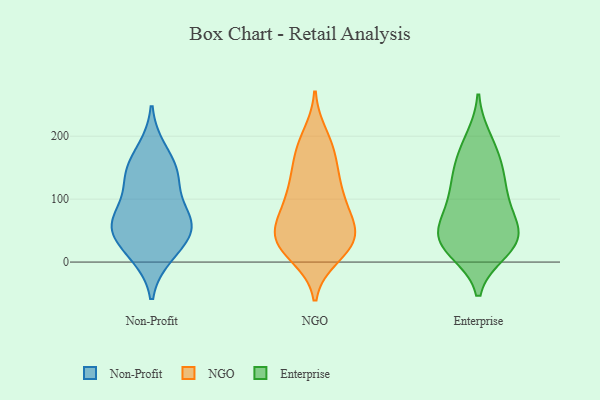
{"axis": {"x": "Market Share (%)", "y": "Value"}, "legend": ["Enterprise", "NGO", "Non-Profit"], "data": [{"x": "", "y": 68, "type": "Non-Profit"}, {"x": "", "y": 134, "type": "Non-Profit"}, {"x": "", "y": 12, "type": "Non-Profit"}, {"x": "", "y": 177, "type": "Non-Profit"}, {"x": "", "y": 141, "type": "Non-Profit"}, {"x": "", "y": 135, "type": "Non-Profit"}, {"x": "", "y": 20, "type": "Non-Profit"}, {"x": "", "y": 55, "type": "Non-Profit"}, {"x": "", "y": 70, "type": "Non-Profit"}, {"x": "", "y": 52, "type": "Non-Profit"}, {"x": "", "y": 64, "type": "Non-Profit"}, {"x": "", "y": 99, "type": "NGO"}, {"x": "", "y": 128, "type": "NGO"}, {"x": "", "y": 31, "type": "NGO"}, {"x": "", "y": 127, "type": "NGO"}, {"x": "", "y": 72, "type": "NGO"}, {"x": "", "y": 200, "type": "NGO"}, {"x": "", "y": 26, "type": "NGO"}, {"x": "", "y": 181, "type": "NGO"}, {"x": "", "y": 53, "type": "NGO"}, {"x": "", "y": 45, "type": "NGO"}, {"x": "", "y": 32, "type": "NGO"}, {"x": "", "y": 62, "type": "NGO"}, {"x": "", "y": 10, "type": "NGO"}, {"x": "", "y": 178, "type": "NGO"}, {"x": "", "y": 110, "type": "NGO"}, {"x": "", "y": 35, "type": "NGO"}, {"x": "", "y": 20, "type": "NGO"}, {"x": "", "y": 82, "type": "NGO"}, {"x": "", "y": 157, "type": "NGO"}, {"x": "", "y": 98, "type": "Enterprise"}, {"x": "", "y": 40, "type": "Enterprise"}, {"x": "", "y": 36, "type": "Enterprise"}, {"x": "", "y": 153, "type": "Enterprise"}, {"x": "", "y": 60, "type": "Enterprise"}, {"x": "", "y": 195, "type": "Enterprise"}, {"x": "", "y": 18, "type": "Enterprise"}, {"x": "", "y": 20, "type": "Enterprise"}, {"x": "", "y": 180, "type": "Enterprise"}, {"x": "", "y": 52, "type": "Enterprise"}, {"x": "", "y": 136, "type": "Enterprise"}, {"x": "", "y": 88, "type": "Enterprise"}, {"x": "", "y": 28, "type": "Enterprise"}, {"x": "", "y": 139, "type": "Enterprise"}, {"x": "", "y": 102, "type": "Enterprise"}, {"x": "", "y": 40, "type": "Enterprise"}]}